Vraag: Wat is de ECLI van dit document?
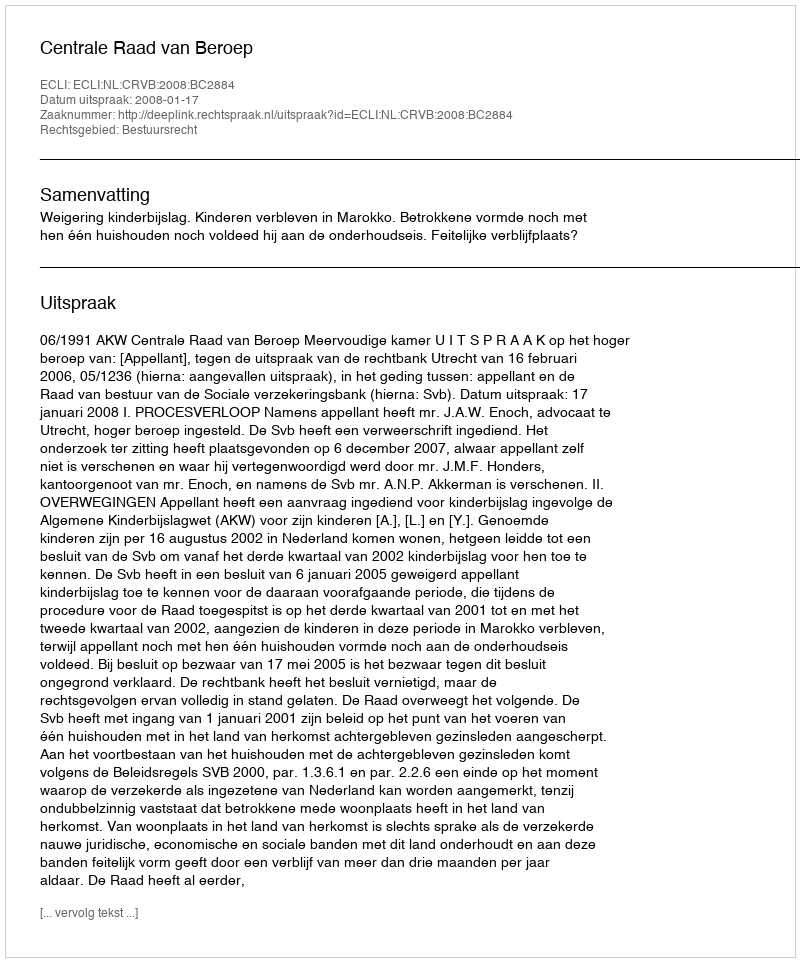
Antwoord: ECLI:NL:CRVB:2008:BC2884